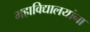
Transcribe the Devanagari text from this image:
महाविद्यालयांना